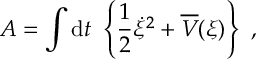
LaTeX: { \cal A } = \int \mathrm { d } t ~ \left\{ \frac { 1 } { 2 } \dot { \xi } ^ { 2 } + \overline { { { V } } } ( \xi ) \right\} ~ ,